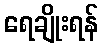
ရေချိုးရန်